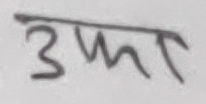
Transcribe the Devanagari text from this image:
उफा